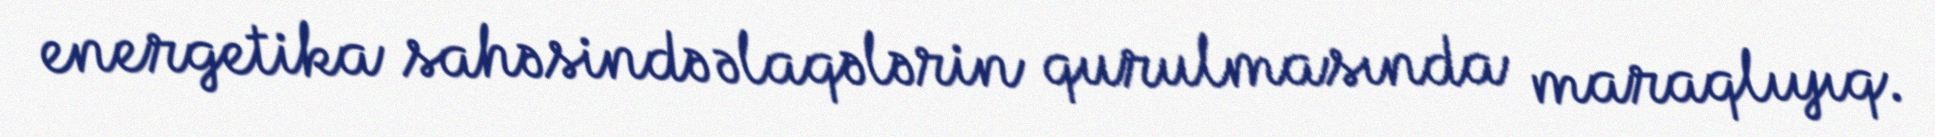
energetika sahəsində əlaqələrin qurulmasında maraqlıyıq.